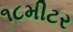
૧૮મીટર